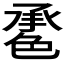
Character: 𦫠